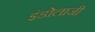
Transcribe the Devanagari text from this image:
इंडोलाजी